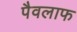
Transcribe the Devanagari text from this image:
पैवलाफ